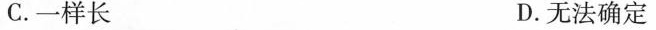
C.一样长 D.无法确定